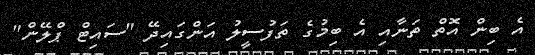
އެ ބިން އޮތް ތަނާއި އެ ބިމުގެ ތަފުސީލު އަންގައިދޭ "ސައިޓް ޕްލޭން"